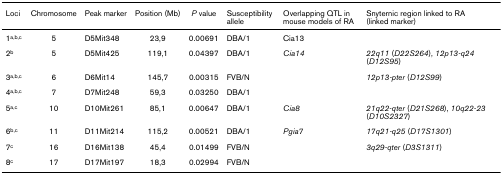
<table><thead><tr><td><b>Loci</b></td><td><b>Chromosome</b></td><td><b>Peak marker</b></td><td><b>Position (Mb)</b></td><td><b><i>P </i>value</b></td><td><b>Susceptibility allele</b></td><td><b>Overlapping QTL in mouse models of RA</b></td><td><b>Snyternic region linked to RA (linked marker)</b></td></tr></thead><tbody><tr><td>1<sup>a,b,c</sup></td><td>5</td><td>D5Mit348</td><td>23,9</td><td>0.00691</td><td>DBA/1</td><td>Cia13</td><td></td></tr><tr><td>2<sup>b</sup></td><td>5</td><td>D5Mit425</td><td>119,1</td><td>0.04397</td><td>DBA/1</td><td><i>Cia14</i></td><td><i>22q11 </i>(<i>D22S264</i>), <i>12p13-q24 </i>(<i>D12S95</i>)</td></tr><tr><td>3<sup>a,b,c</sup></td><td>6</td><td>D6Mit14</td><td>145,7</td><td>0.00315</td><td>FVB/N</td><td></td><td><i>12p13-pter </i>(<i>D12S99</i>)</td></tr><tr><td>4<sup>a,b,c</sup></td><td>7</td><td>D7Mit248</td><td>59,3</td><td>0.03250</td><td>DBA/1</td><td></td><td></td></tr><tr><td>5<sup>a,c</sup></td><td>10</td><td>D10Mit261</td><td>85,1</td><td>0.00647</td><td>DBA/1</td><td><i>Cia8</i></td><td><i>21q22-qter </i>(<i>D21S268</i>), <i>10q22-23 </i>(<i>D10S2327</i>)</td></tr><tr><td>6<sup>b,c</sup></td><td>11</td><td>D11Mit214</td><td>115,2</td><td>0.00521</td><td>DBA/1</td><td><i>Pgia7</i></td><td><i>17q21-q25 </i>(<i>D17S1301</i>)</td></tr><tr><td>7<sup>c</sup></td><td>16</td><td>D16Mit138</td><td>45,4</td><td>0.01499</td><td>FVB/N</td><td></td><td><i>3q29-qter </i>(<i>D3S1311</i>)</td></tr><tr><td>8<sup>c</sup></td><td>17</td><td>D17Mit197</td><td>18,3</td><td>0.02994</td><td>FVB/N</td><td></td><td></td></tr></tbody></table>